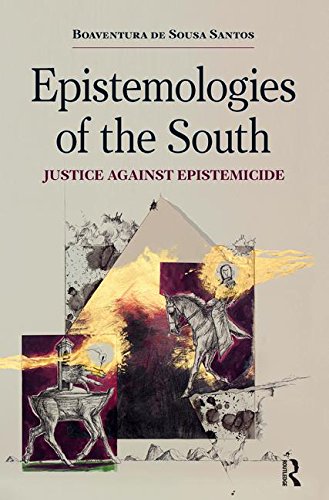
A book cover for Epistemologies of the South: Justice Against Epistemicide; Boaventura de Sousa Santos; Law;